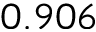
0 . 9 0 6